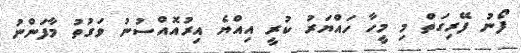
ފޯނު ފޭރިގަތް މި މީހާ ހައްޔަރު ކުރީ އިއްޔެ އިރުއޮއްސުނު ވަގުތު މާފަންނު